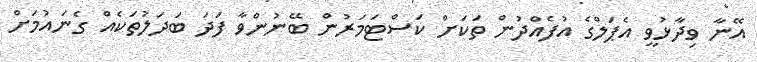
އޭނާ ވިދާޅުވީ އެޕަލްގެ އުފެއްދުން ތަކަށް ކަސްޓަމަރުން ބޭނުންވާ ފަދަ ބަދަލުތަކެއް ގެނައުމަށް